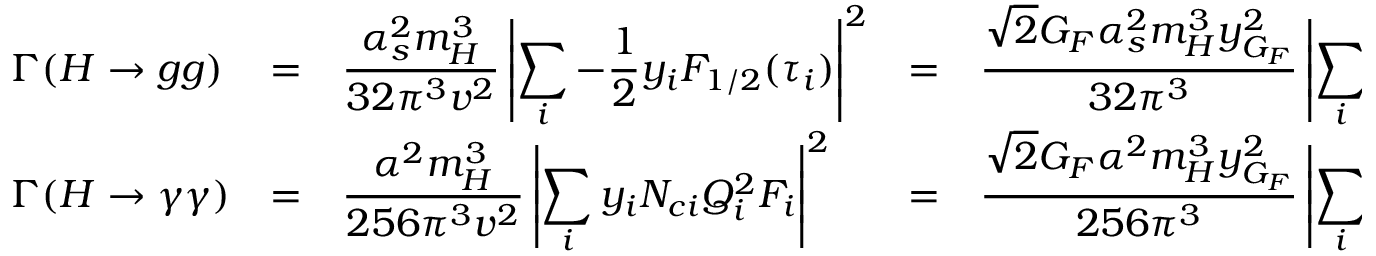
\begin{array} { l l l l l } { { \Gamma ( H \to g g ) } } & { { = } } & { { \displaystyle \frac { \alpha _ { s } ^ { 2 } m _ { H } ^ { 3 } } { 3 2 \pi ^ { 3 } v ^ { 2 } } \left| \sum _ { i } - \frac { 1 } { 2 } y _ { i } F _ { 1 / 2 } ( \tau _ { i } ) \right| ^ { 2 } } } & { { = } } & { { \displaystyle \frac { \sqrt { 2 } G _ { F } \alpha _ { s } ^ { 2 } m _ { H } ^ { 3 } y _ { G _ { F } } ^ { 2 } } { 3 2 \pi ^ { 3 } } \left| \sum _ { i } - \frac { 1 } { 2 } y _ { i } F _ { 1 / 2 } ( \tau _ { i } ) \right| ^ { 2 } , } } \\ { { \smallskip \Gamma ( H \to \gamma \gamma ) } } & { { = } } & { { \displaystyle \frac { \alpha ^ { 2 } m _ { H } ^ { 3 } } { 2 5 6 \pi ^ { 3 } v ^ { 2 } } \left| \sum _ { i } y _ { i } N _ { c i } Q _ { i } ^ { 2 } F _ { i } \right| ^ { 2 } } } & { { = } } & { { \displaystyle \frac { \sqrt { 2 } G _ { F } \alpha ^ { 2 } m _ { H } ^ { 3 } y _ { G _ { F } } ^ { 2 } } { 2 5 6 \pi ^ { 3 } } \left| \sum _ { i } y _ { i } N _ { c i } Q _ { i } ^ { 2 } F _ { i } \right| ^ { 2 } , } } \end{array}